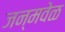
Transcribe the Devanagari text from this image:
जन्मवेळ